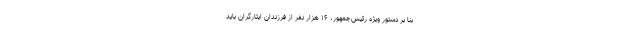
بنا بر دستور ویژه رئیس‌جمهور، ۱۶ هزار نفر از فرزندان ایثارگران باید